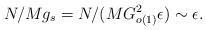
\begin{align*}N/Mg_{s} = N/(MG^{2}_{o(1)}\epsilon ) \sim \epsilon .\end{align*}